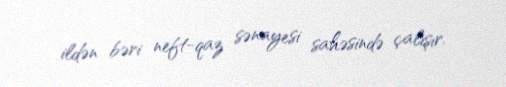
ildən bəri neft-qaz sənayesi sahəsində çalışır.